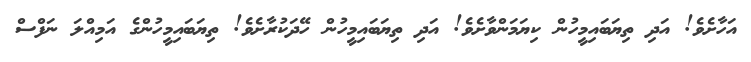
އަހާށެވެ! އަދި ތިޔަބައިމީހުން ކިޔަމަންވާށެވެ! އަދި ތިޔަބައިމީހުން ހޭދަކުރާށެވެ! ތިޔަބައިމީހުންގެ އަމިއްލަ ނަފްސް